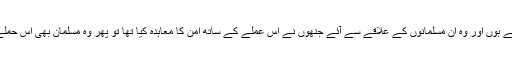
اگر حملہ آور ایک مضبوط جتھا رکھتے ہوں اور وہ ان مسلمانوں کے علاقے سے آئے جنھوں نے اس عملے کے ساتھ امن کا معاہدہ کیا تھا تو پھر وہ مسلمان بھی اس حملے کے لیے ذمہ دار متصور ہوں گے ۔